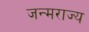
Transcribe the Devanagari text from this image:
जन्मराज्य